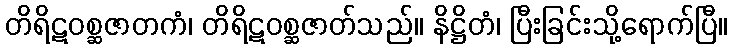
တိရိဋဝစ္ဆဇာတကံ၊ တိရိဋဝစ္ဆဇာတ်သည်။ နိဋ္ဌိတံ၊ ပြီးခြင်းသို့ရောက်ပြီ။